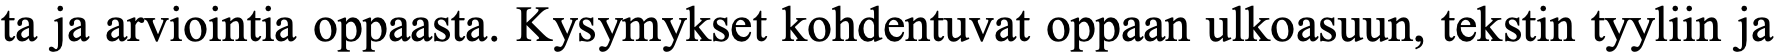
ta ja arviointia oppaasta. Kysymykset kohdentuvat oppaan ulkoasuun, tekstin tyyliin ja